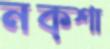
নক্শা